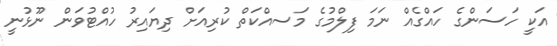
އަކީ ހަސަންގެ ހައްގެއް ނަމަ ފިލްމުގެ މަސއްކަތް ކުރިއަށް ދިޔައިރު ހުއްޓުވަން ނޫޅުނީ